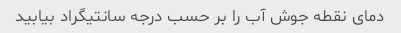
دمای نقطه جوش آب را بر حسب درجه سانتیگراد بیابید